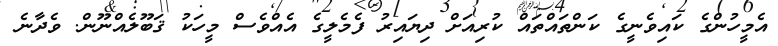
އެމީހުންގެ ކައިވެނީގެ ކަންތައްތައް ކުރިއަށް ދިޔައިރު ފެމެލީގެ އެއްވެސް މީހަކު ޤަބޫލެއްނޫން. ވެދާނެ